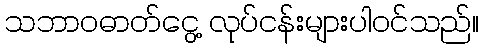
သဘာဝဓာတ်ငွေ့ လုပ်ငန်းများပါဝင်သည်။